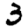
Digit: 3